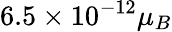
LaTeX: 6.5\times 10^{-12}\mu_{B}